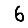
Digit: 6